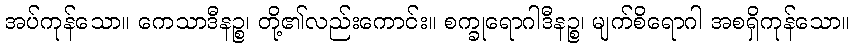
အပ်ကုန်သော။ ကေသာဒီနဉ္စ၊ တို့၏လည်းကောင်း။ စက္ခုရောဂါဒီနဉ္စ၊ မျက်စိရောဂါ အစရှိကုန်သော။